system: You are a helpful assistant.
user:
Analyze the provided spectrum to determine if it is a **White Dwarf (WD)**.

A White Dwarf spectrum is defined by its **extreme purity** (due to gravitational settling) and/or **extreme pressure broadening** (due to high surface gravity). You must check for one of the following mutually exclusive signatures:

- **Key Visual Indicators (Check for ONE of these types):**

    - **1. DA-Type Signature (Most Common):**
        - **(Primary Feature):** Extreme pressure broadening (Stark broadening) of the **Hydrogen (H) Balmer lines**.
        - **(Key Lines):** $H\beta$ (approx. $4861$ Å) and $H\gamma$ (approx. $4340$ Å). $H\alpha$ (approx. $6563$ Å) will also be present if the wavelength range covers it.
        - **(Line Profile):** This is the **defining feature**. The lines are **NOT** sharp. They appear as massive, **extremely broad and deep "troughs" or "dips"** in the spectrum, often hundreds of Ångströms wide. The continuum will appear to "scoop" down at these wavelengths.
        - **(Distinction):** Normal A-type or B-type stars have *narrow* and *sharp* Hydrogen lines. A DA White Dwarf's lines are unmistakably "smeared" or "blurry" from pressure.

    - **2. DB-Type Signature:**
        - **(Primary Feature):** Broad absorption lines from **Neutral Helium (He I)**. The spectrum must lack any visible Hydrogen lines.
        - **(Key Lines):** Look for broad absorption near $4471$ Å, $4921$ Å, and $5876$ Å.
        - **(Line Profile):** These lines are also significantly pressure-broadened, appearing much wider than they would in a normal B-type main-sequence star.

    - **3. DC-Type Signature:**
        - **(Primary Feature):** A **featureless continuous spectrum**.
        - **(Line Profile):** The spectrum is a smooth curve with **no significant absorption or emission lines**.
        - **(Key Confirmation):** The continuum is almost always **blue or white**, indicating a hot object. This signature implies the atmosphere is so pure (or so cool) that no spectral lines are visible in the optical range. Its WD identity is confirmed by its extremely low intrinsic brightness (high absolute magnitude).

    - **4. DZ-Type Signature (Metal-Polluted):**
        - **(Primary Feature):** **Isolated, narrow metal absorption lines** on an otherwise featureless (DC-like) continuum.
        - **(Key Lines):** The **Calcium (Ca II) H & K doublet** (approx. **$3934$ Å** and **$3968$ Å**) is the most common and defining feature.
        - **(Line Profile):** These lines are "out of place." They are *not* part of a "forest" of thousands of lines. This signature is evidence of recent *accretion* (pollution) from rocky debris.
        - **(Distinction):** Normal G/K/M stars have a *dense forest* of thousands of metal lines. A DZ has a *clean* continuum with *only a few* strong metal lines.

    - **5. DQ-Type Signature (Carbon-Polluted):**
        - **(Primary Feature):** Absorption bands from **Carbon (C₂ "Swan Bands" or atomic C I)**.
        - **(Key Lines - C₂):** Look for bandheads with a "saw-tooth" shape near $5635$ Å, **$5165$ Å** (strongest), and $4737$ Å.
        - **(Key Confirmation):** The underlying **continuum must be blue or white** (hot).
        - **(Distinction):** This is the critical difference from a **Carbon Star**, which has the *exact same* C₂ bands but on an extremely **red, cool** continuum.

- **(Overall Spectrum):**
    - The continuum (overall shape) is typically **blue-sloping** (brighter in the blue than the red), as most white dwarfs are very hot.
    - The spectrum will look "pure" or "simple," dominated by only *one* of the five signatures listed above.

Think first, call **spectral_visualization_tool** if needed to examine features in detail, then provide your final answer. Your response must adhere to the following strict rules:
1.  **Overall Structure:** Your response must follow the format `<think>...</think> <tool_call>...</tool_call> (if a tool is used) <answer>...</answer>`.
2.  **Tool Usage Constraint:** You may only make **one** tool call per turn.
3.  **Final Answer Format:** In the `<answer>` tag, your conclusion must be inside a `\boxed{}` command (e.g., `\boxed{YES}` or `\boxed{NO}`), followed by your justification.

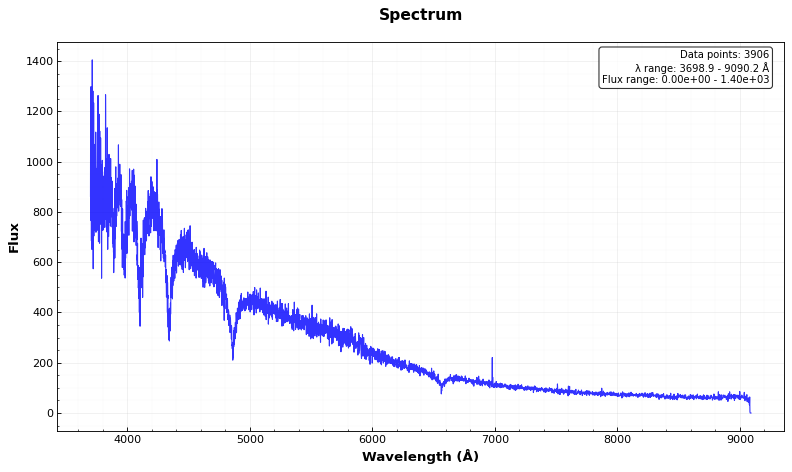
Answer: YES